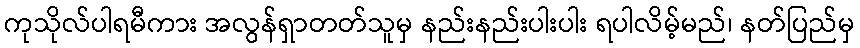
ကုသိုလ်ပါရမီကား အလွန်ရှာတတ်သူမှ နည်းနည်းပါးပါး ရပါလိမ့်မည်၊ နတ်ပြည်မှ